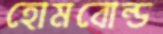
হোমবোল্ড